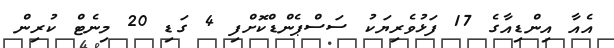
އެއާ އިންޑިއާގެ 17 ފަޅުވެރިޔަކު ސަސްޕެންޑްކޮށްފި 4 ގަޑި 20 މިނެޓް ކުރިން